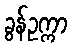
ခွန်ဥက္ကာ